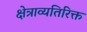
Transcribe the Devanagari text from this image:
क्षेत्राव्यतिरिक्त